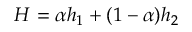
H = \alpha h _ { 1 } + ( 1 - \alpha ) h _ { 2 }